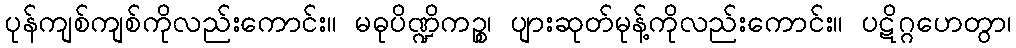
ပုန်ကျစ်ကျစ်ကိုလည်းကောင်း။ မဓုပိဏ္ဍိကဉ္စ၊ ပျားဆုတ်မုန့်ကိုလည်းကောင်း။ ပဋိဂ္ဂဟေတွာ၊